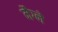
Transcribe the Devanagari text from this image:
मैग्ने